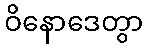
ဝိနောဒေတွာ